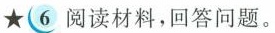
6 阅读材料，回答问题。